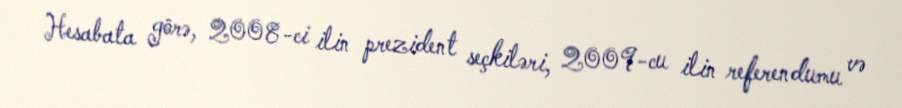
Hesabata görə, 2008-ci ilin prezident seçkiləri, 2009-cu ilin referendumu və